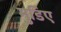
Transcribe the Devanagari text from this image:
मुडिए